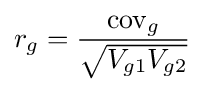
r_{g}={\frac {\operatorname {cov} _{g}}{\sqrt {V_{g1}V_{g2}}}}